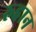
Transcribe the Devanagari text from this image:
रुहान